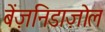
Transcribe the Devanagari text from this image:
बेंज़निडाज़ोल